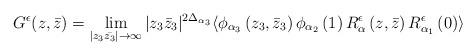
LaTeX: \begin{align*}G^{\epsilon }(z,\bar{z})=\lim_{|z_3 \bar{z_3}| \rightarrow \infty}|z_3\bar{z}_3|^{2\Delta_{\alpha_3}}\langle \phi_{\alpha_ 3}\left(z_3,\bar{z}_3\right)\phi_{\alpha _2}\left(1\right)R^{\epsilon }_\alpha \left(z,\bar{z}\right)R^{\epsilon }_{\alpha_1 }\left(0\right) \rangle\end{align*}